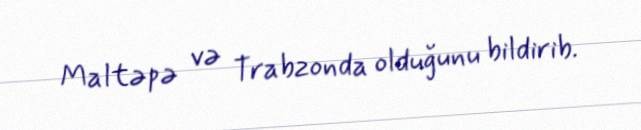
Maltəpə və Trabzonda olduğunu bildirib.